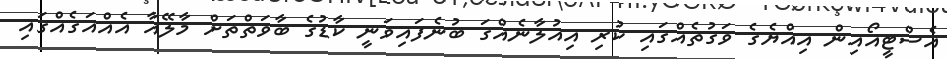
އެސްޓީއޯއިން އިއްޔެގެ ވަގުތެއްގައި ކުރި އިއުލާނެއްގަ ބުނެފައިވަނީ ކާޑުގެ ބާވަތްތަށް މާލޭއާ އެއްއަގެއްގައި